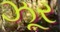
ઝૂર